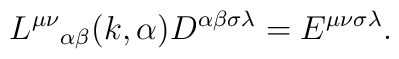
{L^{\mu\nu}}_{\alpha\beta} (k, \alpha) D^{\alpha\beta\sigma\lambda}  = E^{\mu\nu\sigma\lambda}.